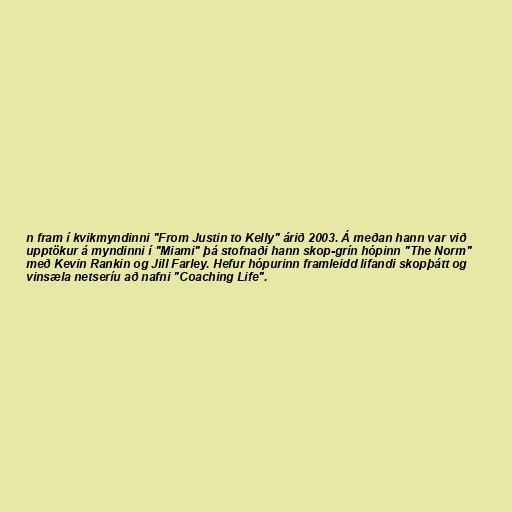
n fram í kvikmyndinni "From Justin to Kelly" árið 2003. Á meðan hann var við
upptökur á myndinni í "Miami" þá stofnaði hann skop-grín hópinn "The Norm"
með Kevin Rankin og Jill Farley. Hefur hópurinn framleidd lifandi skopþátt og
vinsæla netseríu að nafni "Coaching Life".